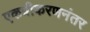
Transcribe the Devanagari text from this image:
एकत्रीकरणनंतर